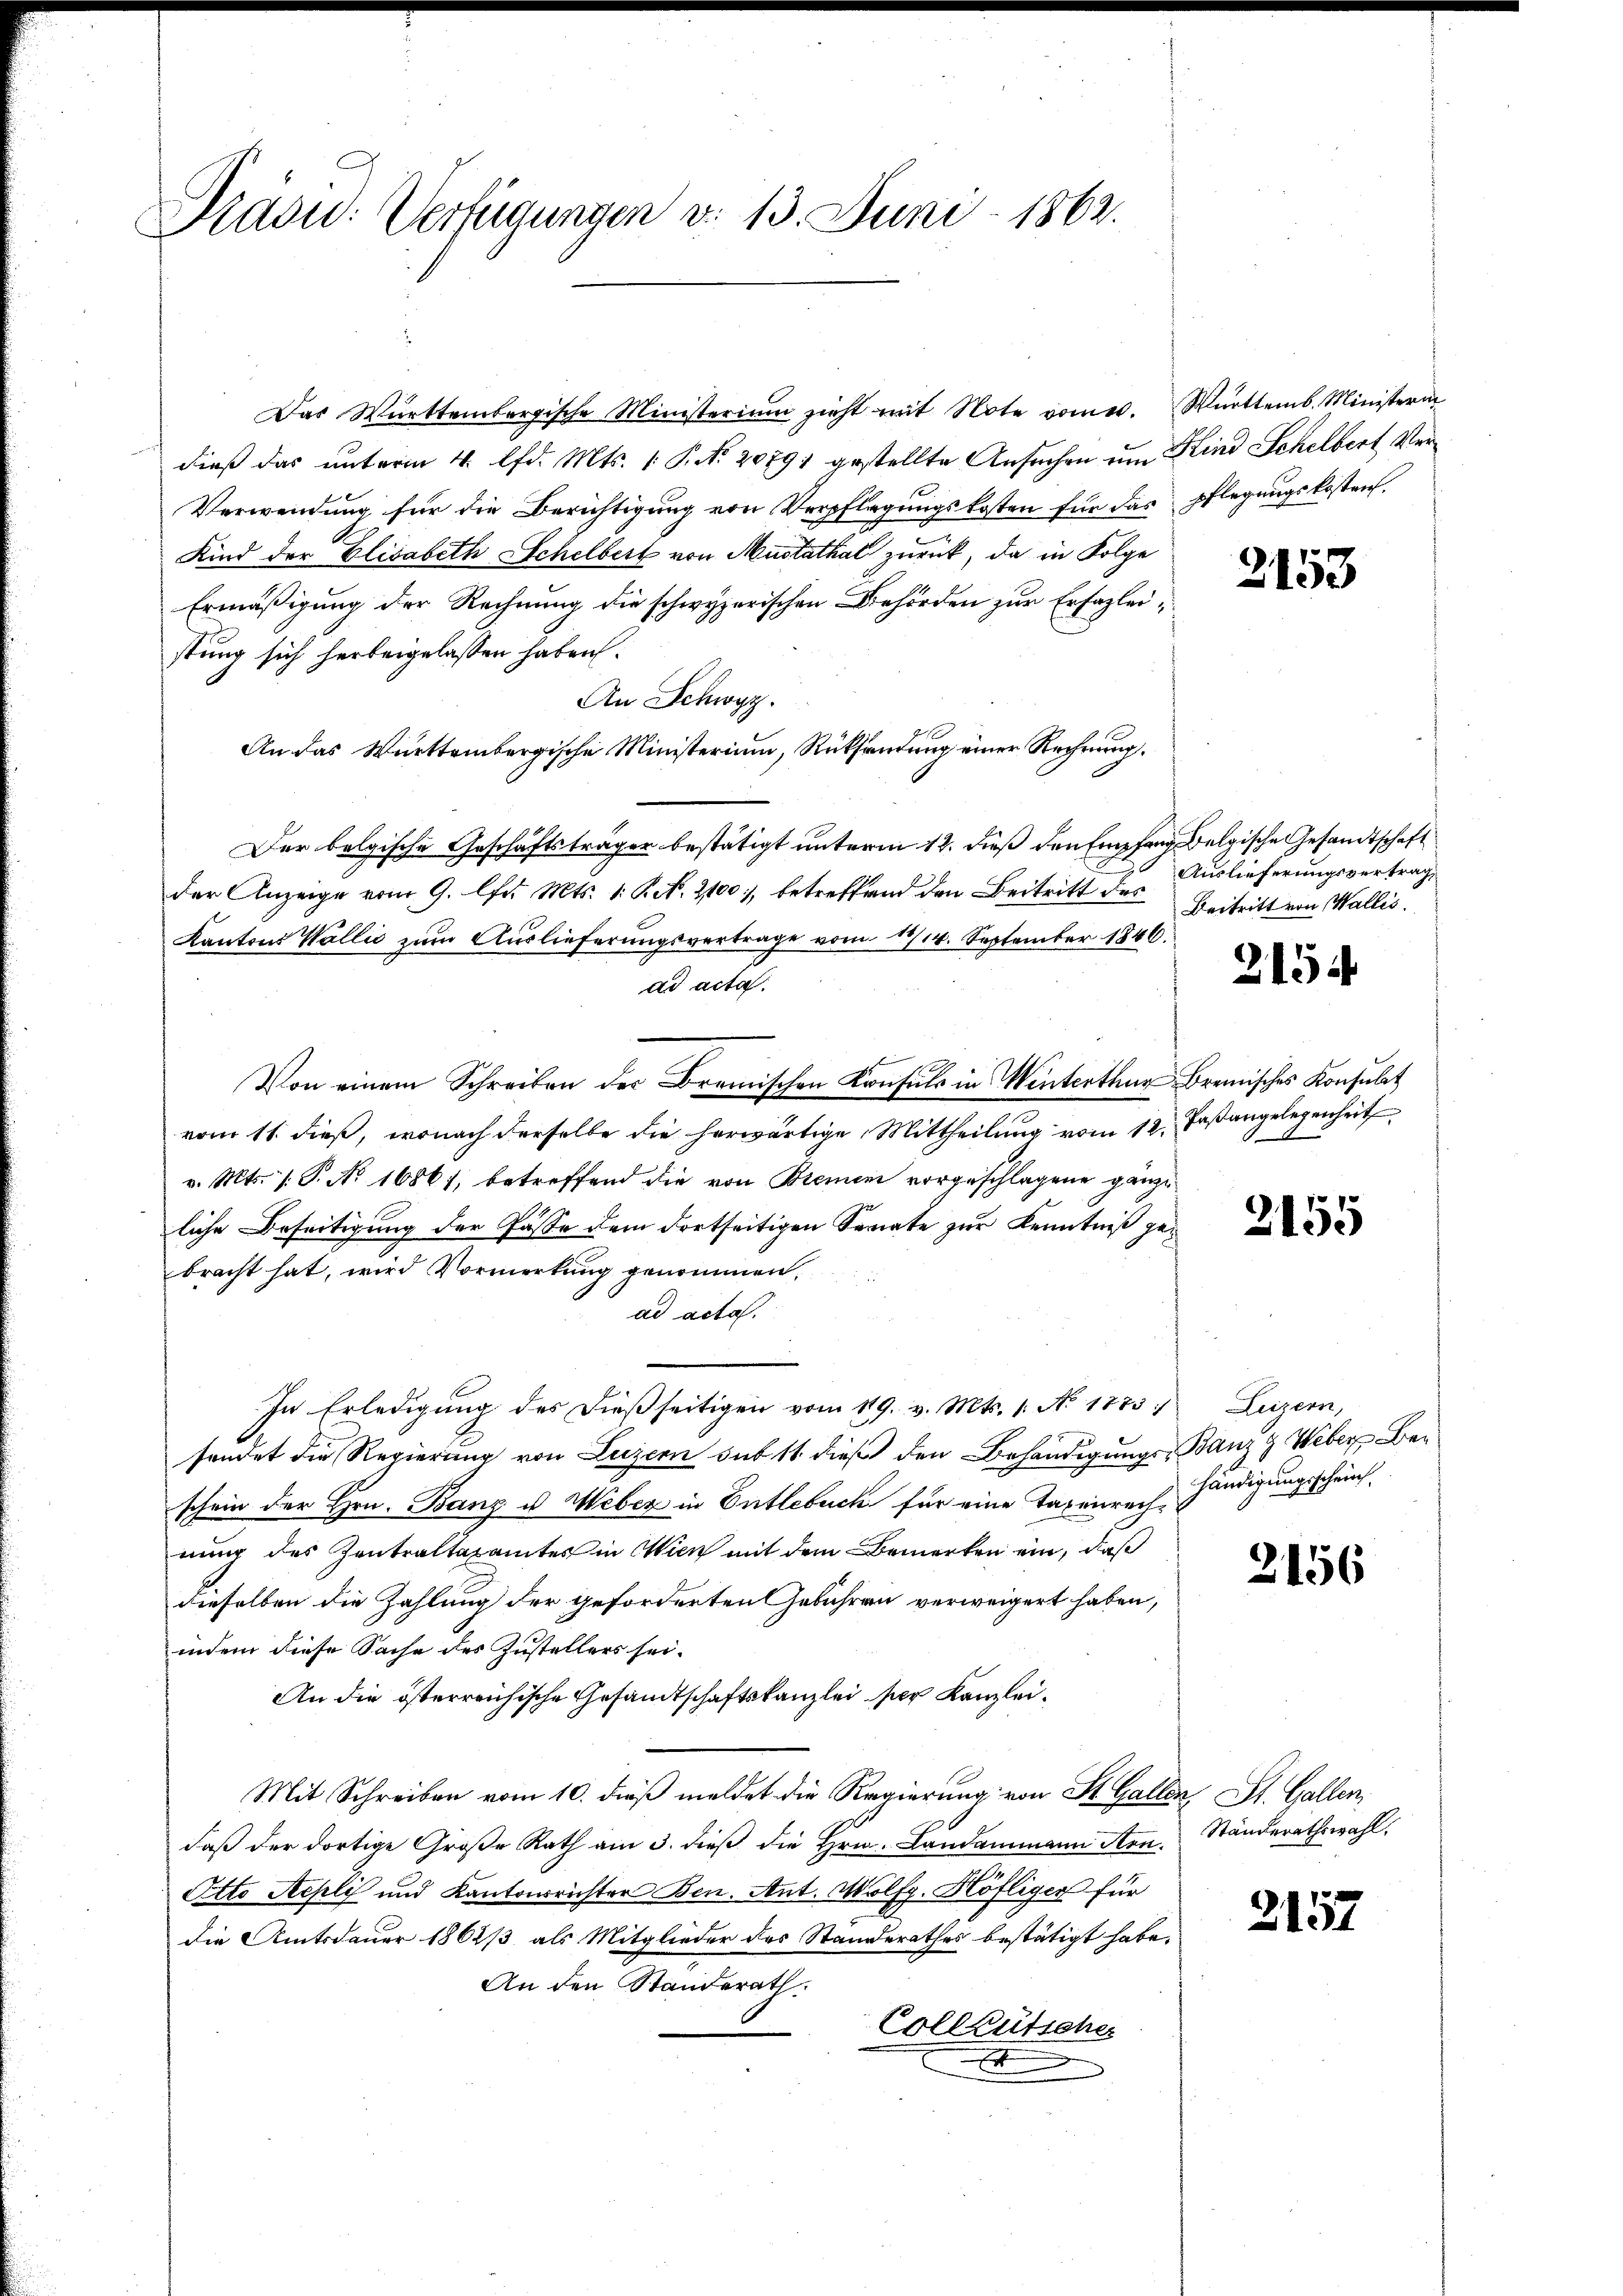
Pradu: Verfügungen d. 13. Juni 1862.

Das Württembergische Ministerium zieht mit Note vome. Württemb. Ministerin
dieß das unterm 4. lfd. Mts. 1 P. Nr. 20791 gestellte Ansuchen um Kind Schelbert Ver¬
Verwendung für die Berichtigung von Verpflegungskosten für das Pflegungskosten
Kind der Elisabeth Schelbert von Mustathal zurück, da in Folge
Ermäßigung der Rechnung die schwyzerischen Behörden zur Erfazleistung sich herbeigelassen haben.
An Schwyz.
An das Württembergische Ministerium, Rücksendung einer Rechnung.
Der belgische Geschäftsträger bestätigt unterm 12. dieß den Empfang Belgische Gesandtschaft
der Anzeige vom 9. lfd. Mts. 1. Pct. 2100, betreffend den Beitritt des
Kantons Wallić zum Auslieferungsvertrage vom 13/14. September 1846.
ad acta.
Von einem Schreiben der Bromischen Konsuls in Winterthur bremisches Konsulat
vom 11. dieß, wonach derselbe die herwärtige Mittheilung vom 12. Faßangelegenheit
v. Mts. 1. P. No 16861, betreffend die von Bremen vorgeschlagene gänziliche Beseitigung der Pässe dem dortseitigen Senate zur Kenntniß gebracht hat, wird Vormerkung genommen,
ad acta.
In Erledigung des dießseitigen vom 119. v. Mts. 1. No 1875. Luzern,
sendet die Regierung von Luzern sub 11 dieß den Behändigungs- Banz & Weber Beschein der Hrn. Banz u. Weber in Entlebuch für eine Taxenrechhändigungsschein
nung des Zentraltaxamtes in Wien mit dem Bemerken ein, daß
dieselben die Zahlung der geforderten Gebühren verweigert haben,
indem diese Sache des Zustellers sei.
An die österreichische Gesandtschaftskanzlei der Kanzlei¬
Mit Schreiben vom 10. dieß meldet die Regierung von St. Gallen, St. Gallen,
daβ der dortige Große Rath am 3. dieβ die Hrn. Landammann Arn. Ständerathswahl.
Otto Repli und Kantonsrichter Ben. Ant. Wolfg. Höfliger für
die Amtsdauer 1862/3 als Mitglieder des Standerathes bestätigt habe.
An den Standerath
Colleütscher
x

2153

Auslieferungsvertrag,
Beitritt von Wallis.

2154

8

2155

2156

2157